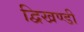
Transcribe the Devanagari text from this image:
द्विखण्डी